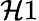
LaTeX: \mathcal{H}1